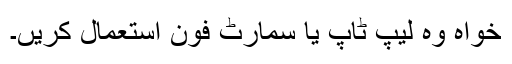
خواہ وہ لیپ ٹاپ یا سمارٹ فون استعمال کریں۔